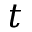
t